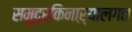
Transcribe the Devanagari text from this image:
समुद्रकिनाऱ्यालगत